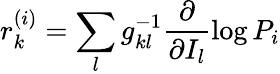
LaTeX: r_{k}^{(i)}=\sum_{l}g_{kl}^{-1}\frac{\partial}{\partial I_{l}}\log P_{i}